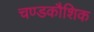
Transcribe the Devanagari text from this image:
चण्डकौशिक